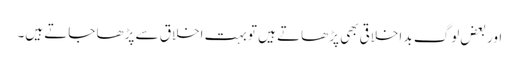
اور بعض لوگ بد اخلاقی بھی پڑھاتے ہیں تو بہت اخلاق سے پڑھا جاتے ہیں۔